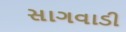
સાગવાડી